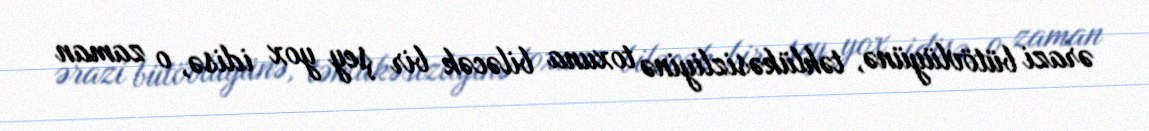
ərazi bütövlüyünə, təhlükəsizliyinə toxuna biləcək bir şey yox idisə, o zaman